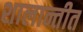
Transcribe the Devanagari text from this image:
शालान्तीत